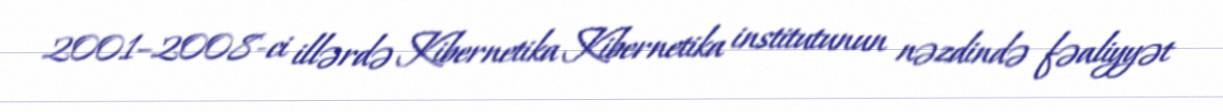
2001–2008-ci illərdə Kibernetika Kibernetika institutunun nəzdində fəaliyyət